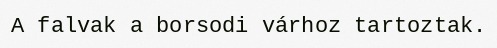
A falvak a borsodi várhoz tartoztak.